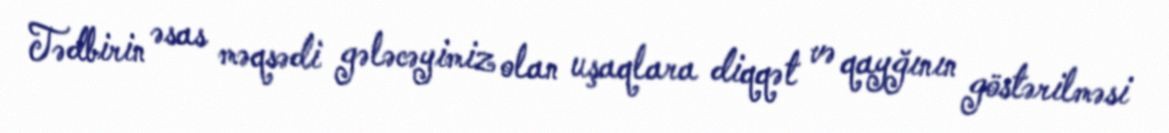
Tədbirin əsas məqsədi gələcəyimiz olan uşaqlara diqqət və qayğının göstərilməsi